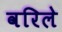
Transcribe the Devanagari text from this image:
वरिले